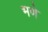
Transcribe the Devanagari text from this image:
भणे